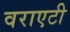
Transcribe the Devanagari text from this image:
वराएटी